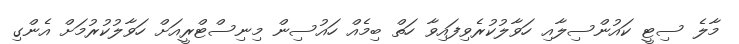
މާލެ ސިޓީ ކައުންސިލާއި ހަވާލުކުރެވިފައިވާ ހަތް ބިމެއް ހައުސިން މިނިސްޓްރީއަށް ހަވާލުކުރުމަށް އެންގި